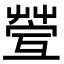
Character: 𦯥